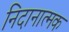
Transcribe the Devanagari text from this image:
निदानात्‍मक